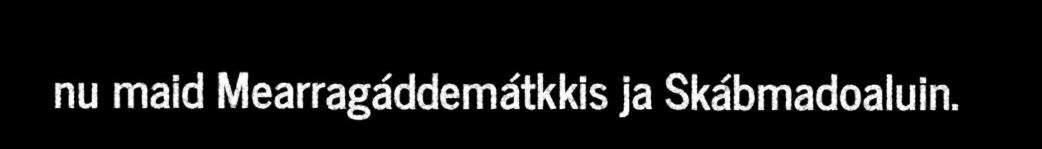
nu maid Mearragáddemátkkis ja Skábmadoaluin.